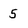
Character: 5